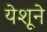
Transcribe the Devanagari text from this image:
येशूने